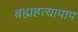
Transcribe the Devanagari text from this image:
ब्रह्महत्यापाप